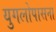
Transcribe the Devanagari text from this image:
युगलोपासना